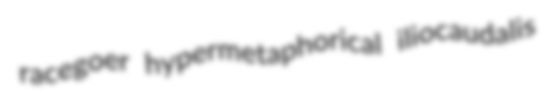
racegoer hypermetaphorical iliocaudalis